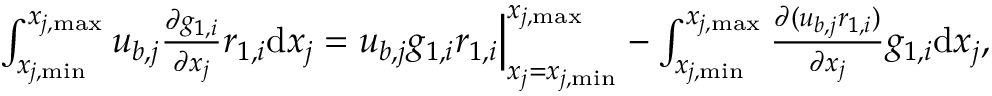
\begin{array} { r } { \int _ { x _ { j , \mathrm { m i n } } } ^ { x _ { j , \mathrm { m a x } } } { u _ { b , j } \frac { \partial g _ { 1 , i } } { \partial x _ { j } } r _ { 1 , i } } \mathrm { d } x _ { j } = u _ { b , j } g _ { 1 , i } r _ { 1 , i } \Big | _ { x _ { j } = x _ { j , \mathrm { m i n } } } ^ { x _ { j , \mathrm { m a x } } } - \int _ { x _ { j , \mathrm { m i n } } } ^ { x _ { j , \mathrm { m a x } } } { \frac { \partial ( u _ { b , j } r _ { 1 , i } ) } { \partial x _ { j } } g _ { 1 , i } } \mathrm { d } x _ { j } , } \end{array}